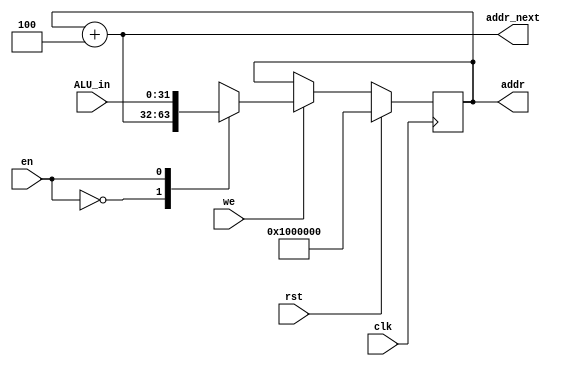
//Github co-pilot was not used
//Holds the address of the current instruction
`timescale 1ns / 1ps
module ProgramCounter(
input clk,
input en, rst, we,
input [31:0]ALU_in,
output [31:0] addr,
output [31:0] addr_next);

    
    reg [31:0] PC;
    

    always@(posedge clk)
    begin
        if(rst)
            PC <= 32'h01000000;
        else if(we) 
            case(en)
                1'b0: PC <= addr_next;
                1'b1: PC <= ALU_in;
            endcase
    end
    
    assign addr = PC;
    assign addr_next = PC + 4;
    
endmodule